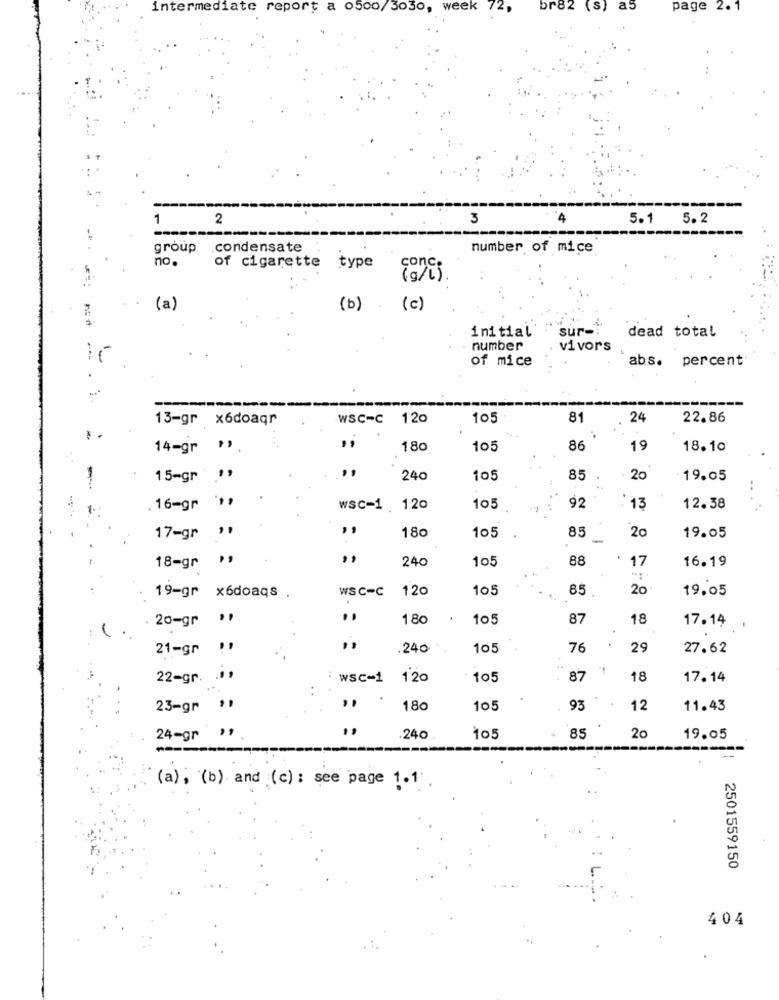
intermediate report a o50o/3030, week 72,
br82 (s) a5
page 2. 1
1
2
3
5.1
5.2
group
condensate
number of mice
no.
conc.
of cigarette
type
(g/l).
(a)
(b) (c)
initial
sur -:
dead total
number
vivors
of mice
abs.
percent
13-gr x6doaqr
WSC-C 120
105
81
24
22.86
14-gr ".
180
105
86
19
18.10
15-gr ",
240
85
20
19.05
16-gr ",
wsc-1 . 120
105
92
: 13
12.38
105
85
19.05
17-gr "
180
20
18-gr ",
240
105
88
17
16.19
19-gr x6doaqs
WSC-C 120
105
85
20
19,05
. 20-gr .,
180
105
87
18
17.14 .
21-gr !!
.240
105
76
29
27.62
22-gr. . " ,
:wsc-1 120
105
87
18
17.14
23-gr **
180
105
93
12
11.43
24-gr ,
.240
105
85
20
19.05
(a), (b) and (c) : see page 1.1
2501559150
404